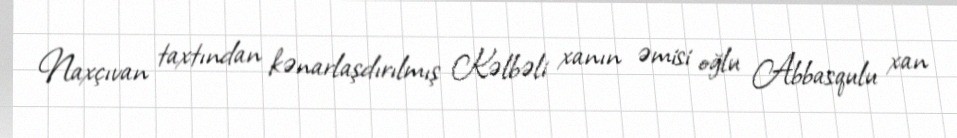
Naxçıvan taxtından kənarlaşdırılmış Kəlbəli xanın əmisi oğlu Abbasqulu xan